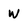
Character: W